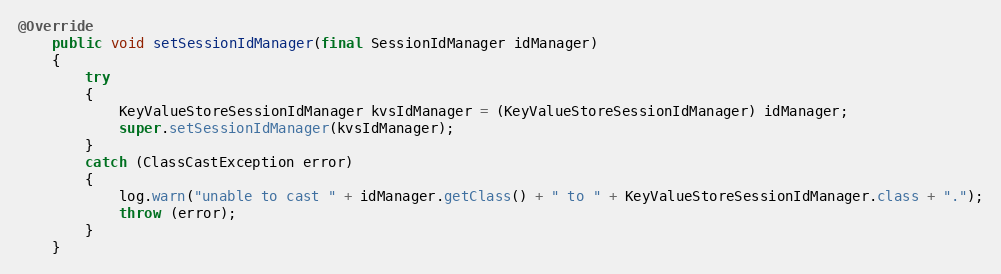
Language: Java
@Override
    public void setSessionIdManager(final SessionIdManager idManager)
    {
        try
        {
            KeyValueStoreSessionIdManager kvsIdManager = (KeyValueStoreSessionIdManager) idManager;
            super.setSessionIdManager(kvsIdManager);
        }
        catch (ClassCastException error)
        {
            log.warn("unable to cast " + idManager.getClass() + " to " + KeyValueStoreSessionIdManager.class + ".");
            throw (error);
        }
    }